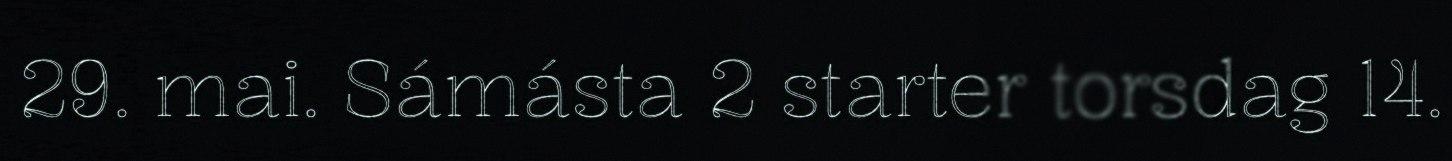
29. mai. Sámásta 2 starter torsdag 14.